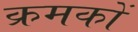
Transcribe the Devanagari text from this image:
क्रमकों